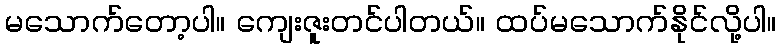
မသောက်တော့ပါ။ ကျေးဇူးတင်ပါတယ်။ ထပ်မသောက်နိုင်လို့ပါ။